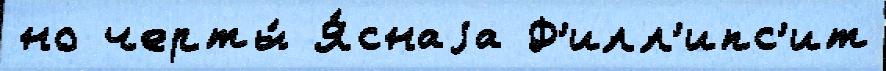
но черты́ Я́снаjа Ф'илл'ипс'ит